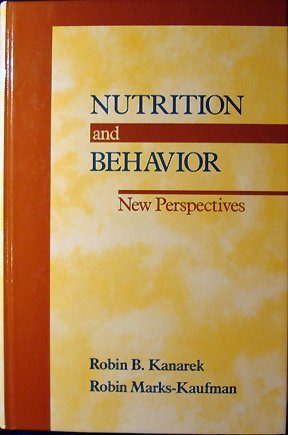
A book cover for Nutrition and Behavior: New Perspectives; Robin B. Kanarek; Health, Fitness & Dieting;